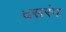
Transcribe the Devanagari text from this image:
दसरंग